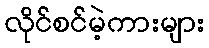
လိုင်စင်မဲ့ကားများ